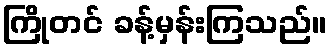
ကြိုတင် ခန့်မှန်းကြသည်။